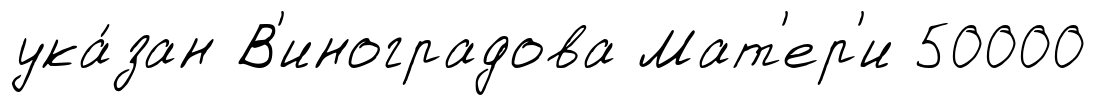
ука́зан В'иноградова Мат'ер'и 50000